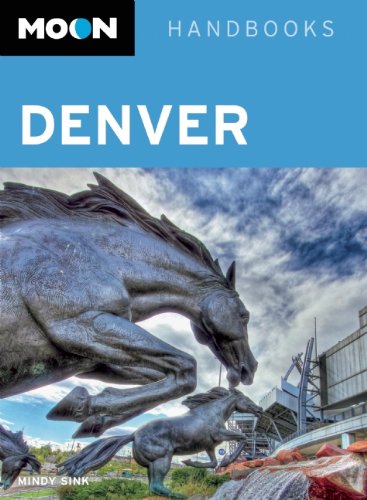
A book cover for Moon Denver (Moon Handbooks); Mindy Sink; Travel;